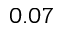
0 . 0 7